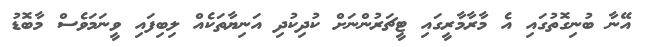
އޭނާ ބުނިގޮތުގައި އެ މާރާމާރީގައި ޓީޗަރުންނަށް ކުދިކުދި އަނިޔާތަކެއް ލިބިފައި ވީނަމަވެސް މާބޮޑު